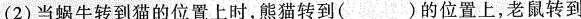
(2)当蜗牛转到猫的位置上时，熊猫转到()的位置上，老鼠转到